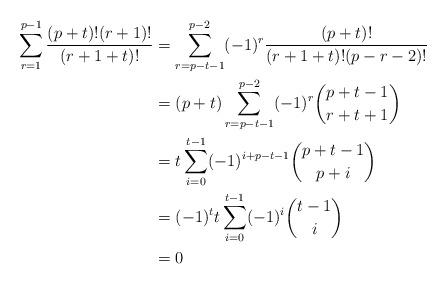
LaTeX: \begin{align*}\sum_{r=1}^{p-1}\frac{(p+t)!(r+1)!}{(r+1+t)!} &= \sum_{r=p-t-1}^{p-2}(-1)^r\frac{(p+t)!}{(r+1+t)!(p-r-2)!}\\&= (p+t)\sum_{r=p-t-1}^{p-2}(-1)^r\binom{p+t-1}{r+t+1}\\&= t\sum_{i=0}^{t-1}(-1)^{i + p - t - 1}\binom{p + t - 1}{p+i}\\&= (-1)^tt\sum_{i=0}^{t-1}(-1)^{i}\binom{t - 1}{i}\\&= 0\end{align*}